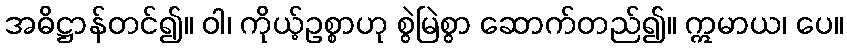
အဓိဋ္ဌာန်တင်၍။ ဝါ၊ ကိုယ့်ဥစ္စာဟု စွဲမြဲစွာ ဆောက်တည်၍။ ဣမာယ၊ ပေ။